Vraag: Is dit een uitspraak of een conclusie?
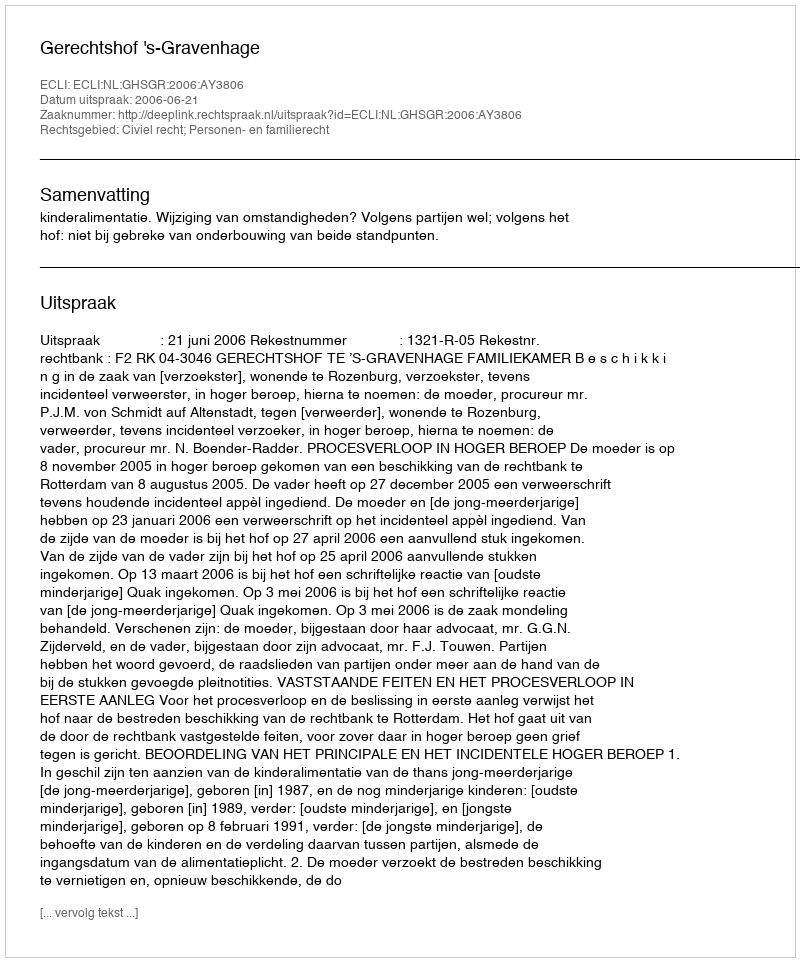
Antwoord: Uitspraak